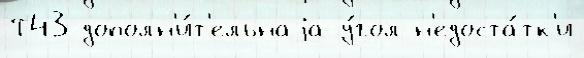
Т43 дополн'и́т'ельнаjа у́гол н'едоста́тк'и